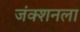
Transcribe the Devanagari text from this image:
जंक्शनला